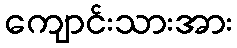
ကျောင်းသားအား